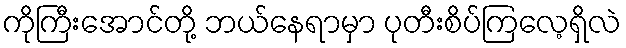
ကိုကြီးအောင်တို့ ဘယ်နေရာမှာ ပုတီးစိပ်ကြလေ့ရှိလဲ